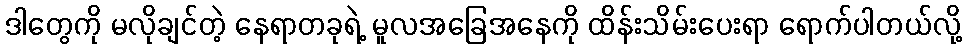
ဒါတွေကို မလိုချင်တဲ့ နေရာတခုရဲ့ မူလအခြေအနေကို ထိန်းသိမ်းပေးရာ ရောက်ပါတယ်လို့